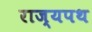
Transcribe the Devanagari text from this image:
राज्यपथ